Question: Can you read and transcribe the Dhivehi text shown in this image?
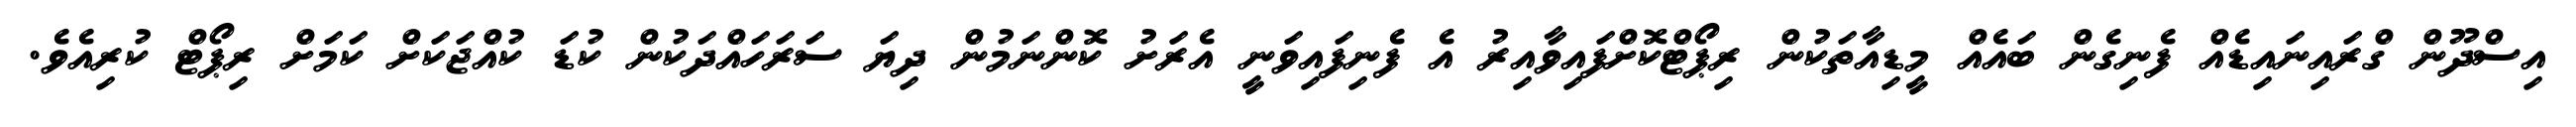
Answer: އިސްދޫން ގްރައިނައިޑެއް ފެނިގެން ބައެއް މީޑިއާތަކުން ރިޕޯޓްކޮށްފައިވާއިރު އެ ފެނިފައިވަނީ އެރަށު ކޮންނަމުން ދިޔަ ސަރަހައްދަކުން ކުޑަ ކުއްޖަކަށް ކަމަށް ރިޕޯޓް ކުރިއެވެ.